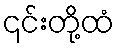
၎င်းတို့ထံ